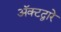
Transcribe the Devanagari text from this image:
अॅक्टद्वारे